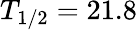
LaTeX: T_{1/2}=21.8